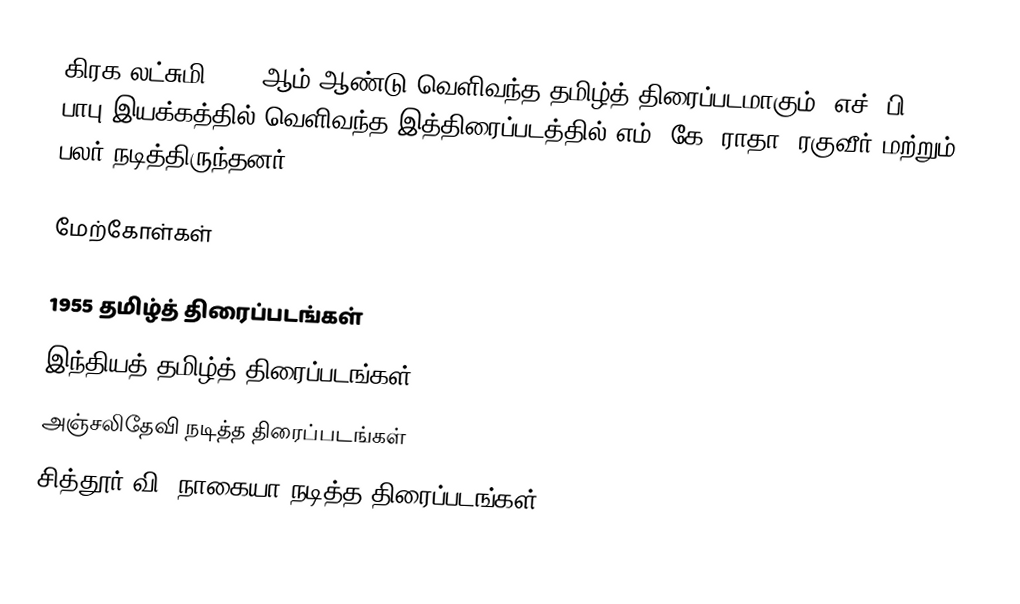
கிரக லட்சுமி 1955 ஆம் ஆண்டு வெளிவந்த தமிழ்த் திரைப்படமாகும். எச். பி. பாபு இயக்கத்தில் வெளிவந்த இத்திரைப்படத்தில் எம். கே. ராதா, ரகுவீர் மற்றும் பலர் நடித்திருந்தனர்.

மேற்கோள்கள்

1955 தமிழ்த் திரைப்படங்கள்
இந்தியத் தமிழ்த் திரைப்படங்கள்
அஞ்சலிதேவி நடித்த திரைப்படங்கள்
சித்தூர் வி. நாகையா நடித்த திரைப்படங்கள்